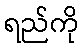
ရည်ကို